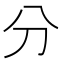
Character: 分